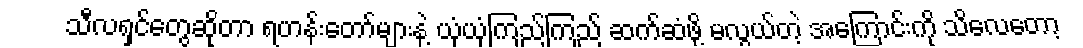
သီလရှင်တွေဆိုတာ ရဟန်းတော်များနဲ့ ယုံယုံကြည်ကြည် ဆက်ဆံဖို့ မလွယ်တဲ့ အကြောင်းကို သိလေတော့